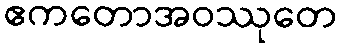
ဧကတောအဝဿုတေ